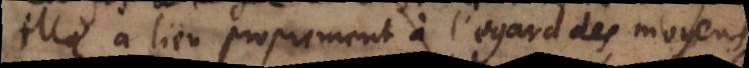
elle a lieu proprement à l’égard des moyens,